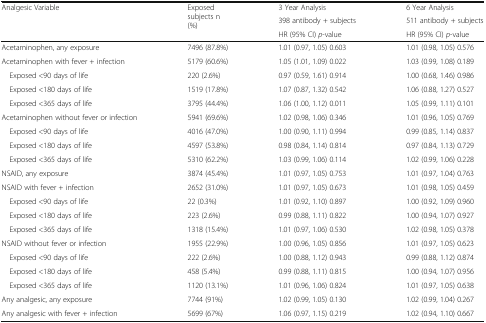
<table><thead><tr><td rowspan="3"><b>Analgesic Variable</b></td><td rowspan="3"><b>Exposed subjects n (%)</b></td><td><b>3 Year Analysis</b></td><td><b>6 Year Analysis</b></td></tr><tr><td><b>398 antibody + subjects</b></td><td><b>511 antibody + subjects</b></td></tr><tr><td><b>HR (95% CI) <i>p</i>-value</b></td><td><b>HR (95% CI) <i>p</i>-value</b></td></tr></thead><tbody><tr><td>Acetaminophen, any exposure</td><td>7496 (87.8%)</td><td>1.01 (0.97, 1.05) 0.603</td><td>1.01 (0.98, 1.05) 0.576</td></tr><tr><td>Acetaminophen with fever + infection</td><td>5179 (60.6%)</td><td>1.05 (1.01, 1.09) 0.022</td><td>1.03 (0.99, 1.08) 0.189</td></tr><tr><td> Exposed &lt;90 days of life</td><td>220 (2.6%)</td><td>0.97 (0.59, 1.61) 0.914</td><td>1.00 (0.68, 1.46) 0.986</td></tr><tr><td> Exposed &lt;180 days of life</td><td>1519 (17.8%)</td><td>1.07 (0.87, 1.32) 0.542</td><td>1.06 (0.88, 1.27) 0.527</td></tr><tr><td> Exposed &lt;365 days of life</td><td>3795 (44.4%)</td><td>1.06 (1.00, 1.12) 0.011</td><td>1.05 (0.99, 1.11) 0.101</td></tr><tr><td>Acetaminophen without fever or infection</td><td>5941 (69.6%)</td><td>1.02 (0.98, 1.06) 0.346</td><td>1.01 (0.96, 1.05) 0.769</td></tr><tr><td> Exposed &lt;90 days of life</td><td>4016 (47.0%)</td><td>1.00 (0.90, 1.11) 0.994</td><td>0.99 (0.85, 1.14) 0.837</td></tr><tr><td> Exposed &lt;180 days of life</td><td>4597 (53.8%)</td><td>0.98 (0.84, 1.14) 0.814</td><td>0.97 (0.84, 1.13) 0.729</td></tr><tr><td> Exposed &lt;365 days of life</td><td>5310 (62.2%)</td><td>1.03 (0.99, 1.06) 0.114</td><td>1.02 (0.99, 1.06) 0.228</td></tr><tr><td>NSAID, any exposure</td><td>3874 (45.4%)</td><td>1.01 (0.97, 1.05) 0.753</td><td>1.01 (0.97, 1.04) 0.763</td></tr><tr><td>NSAID with fever + infection</td><td>2652 (31.0%)</td><td>1.01 (0.97, 1.05) 0.673</td><td>1.01 (0.98, 1.05) 0.459</td></tr><tr><td> Exposed &lt;90 days of life</td><td>22 (0.3%)</td><td>1.01 (0.92, 1.10) 0.897</td><td>1.00 (0.92, 1.09) 0.960</td></tr><tr><td> Exposed &lt;180 days of life</td><td>223 (2.6%)</td><td>0.99 (0.88, 1.11) 0.822</td><td>1.00 (0.94, 1.07) 0.927</td></tr><tr><td> Exposed &lt;365 days of life</td><td>1318 (15.4%)</td><td>1.01 (0.97, 1.06) 0.530</td><td>1.02 (0.98, 1.05) 0.378</td></tr><tr><td>NSAID without fever or infection</td><td>1955 (22.9%)</td><td>1.00 (0.96, 1.05) 0.856</td><td>1.01 (0.97, 1.05) 0.623</td></tr><tr><td> Exposed &lt;90 days of life</td><td>222 (2.6%)</td><td>1.00 (0.88, 1.12) 0.943</td><td>0.99 (0.88, 1.12) 0.874</td></tr><tr><td> Exposed &lt;180 days of life</td><td>458 (5.4%)</td><td>0.99 (0.88, 1.11) 0.815</td><td>1.00 (0.94, 1.07) 0.956</td></tr><tr><td> Exposed &lt;365 days of life</td><td>1120 (13.1%)</td><td>1.01 (0.96, 1.06) 0.824</td><td>1.01 (0.97, 1.05) 0.638</td></tr><tr><td>Any analgesic, any exposure</td><td>7744 (91%)</td><td>1.02 (0.99, 1.05) 0.130</td><td>1.02 (0.99, 1.04) 0.267</td></tr><tr><td>Any analgesic with fever + infection</td><td>5699 (67%)</td><td>1.06 (0.97, 1.15) 0.219</td><td>1.02 (0.94, 1.10) 0.667</td></tr></tbody></table>